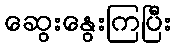
ဆွေးနွေးကြပြီး